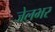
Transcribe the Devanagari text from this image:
जेलभर